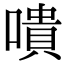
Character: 嘳